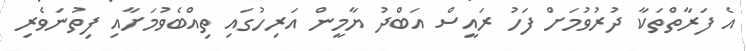
އެ ފަރާތްތަކާ ދުރުވުމަށް ފަހު ރައީސް އަބްދު ޔާމީން އަރިހުގައި ތިއްބެވުމަށާއި ފިތުނަވެރި